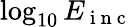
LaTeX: \log_{10}{E_{\mathrm{~i~n~c~}}}